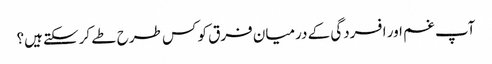
آپ غم اور افسردگی کے درمیان فرق کو کس طرح طے کرسکتے ہیں؟